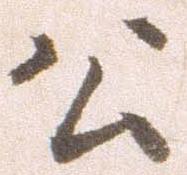
公